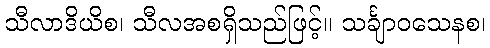
သီလာဒိယိစ၊ သီလအစရှိသည်ဖြင့်။ သင်္ချာဝသေနစ၊